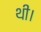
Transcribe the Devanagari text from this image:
थी।